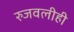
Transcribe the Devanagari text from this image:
रुजवलीही